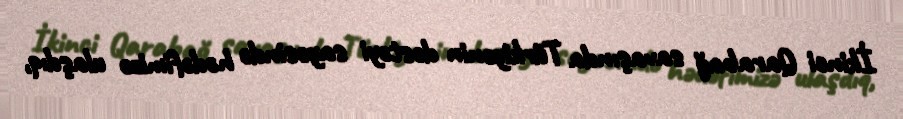
İkinci Qarabağ savaşında Türkiyənin dəstəyi sayəsində hədəfimizə ulaşdıq,